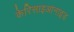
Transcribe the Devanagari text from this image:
केरिसाइआनाइड